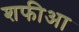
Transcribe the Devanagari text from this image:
शफीआ